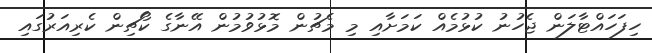
ހިފަހައްޓާލަން ޖެހުނު ކުޅުމެއް ކަމަށާއި މި މެޗުން މޮޅުވުމުން އޭނާގެ ކޯޗިން ކެރިއަރުގައި